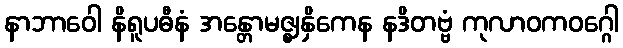
နာဘာဝေါ နိရူပဓီနံ အန္တောမဇ္ဈနှိကေန နဒိတဗ္ဗံ ကုလာဝကဝဂ္ဂေါ